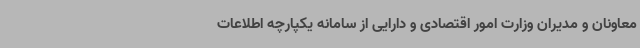
معاونان و مدیران وزارت امور اقتصادی و دارایی از سامانه یکپارچه اطلاعات